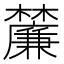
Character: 𭬴